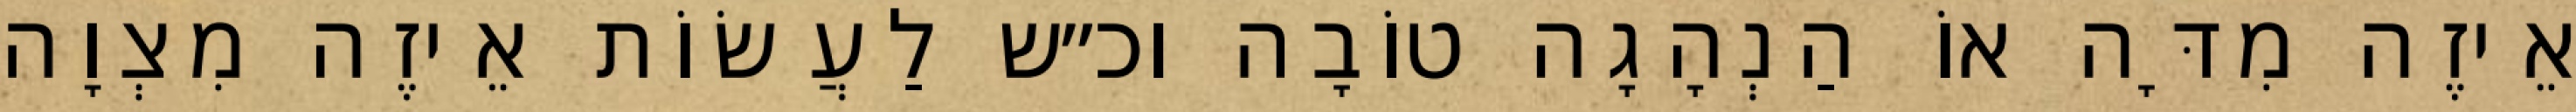
אֵיזֶה מִדָּה אוֹ הַנְהָגָה טוֹבָה וכ״ש לַעֲשׂוֹת אֵיזֶה מִצְוָה